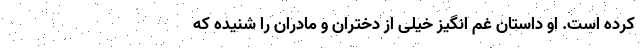
کرده است. او داستان غم‌ انگیز خیلی از دختران و مادران را شنیده که